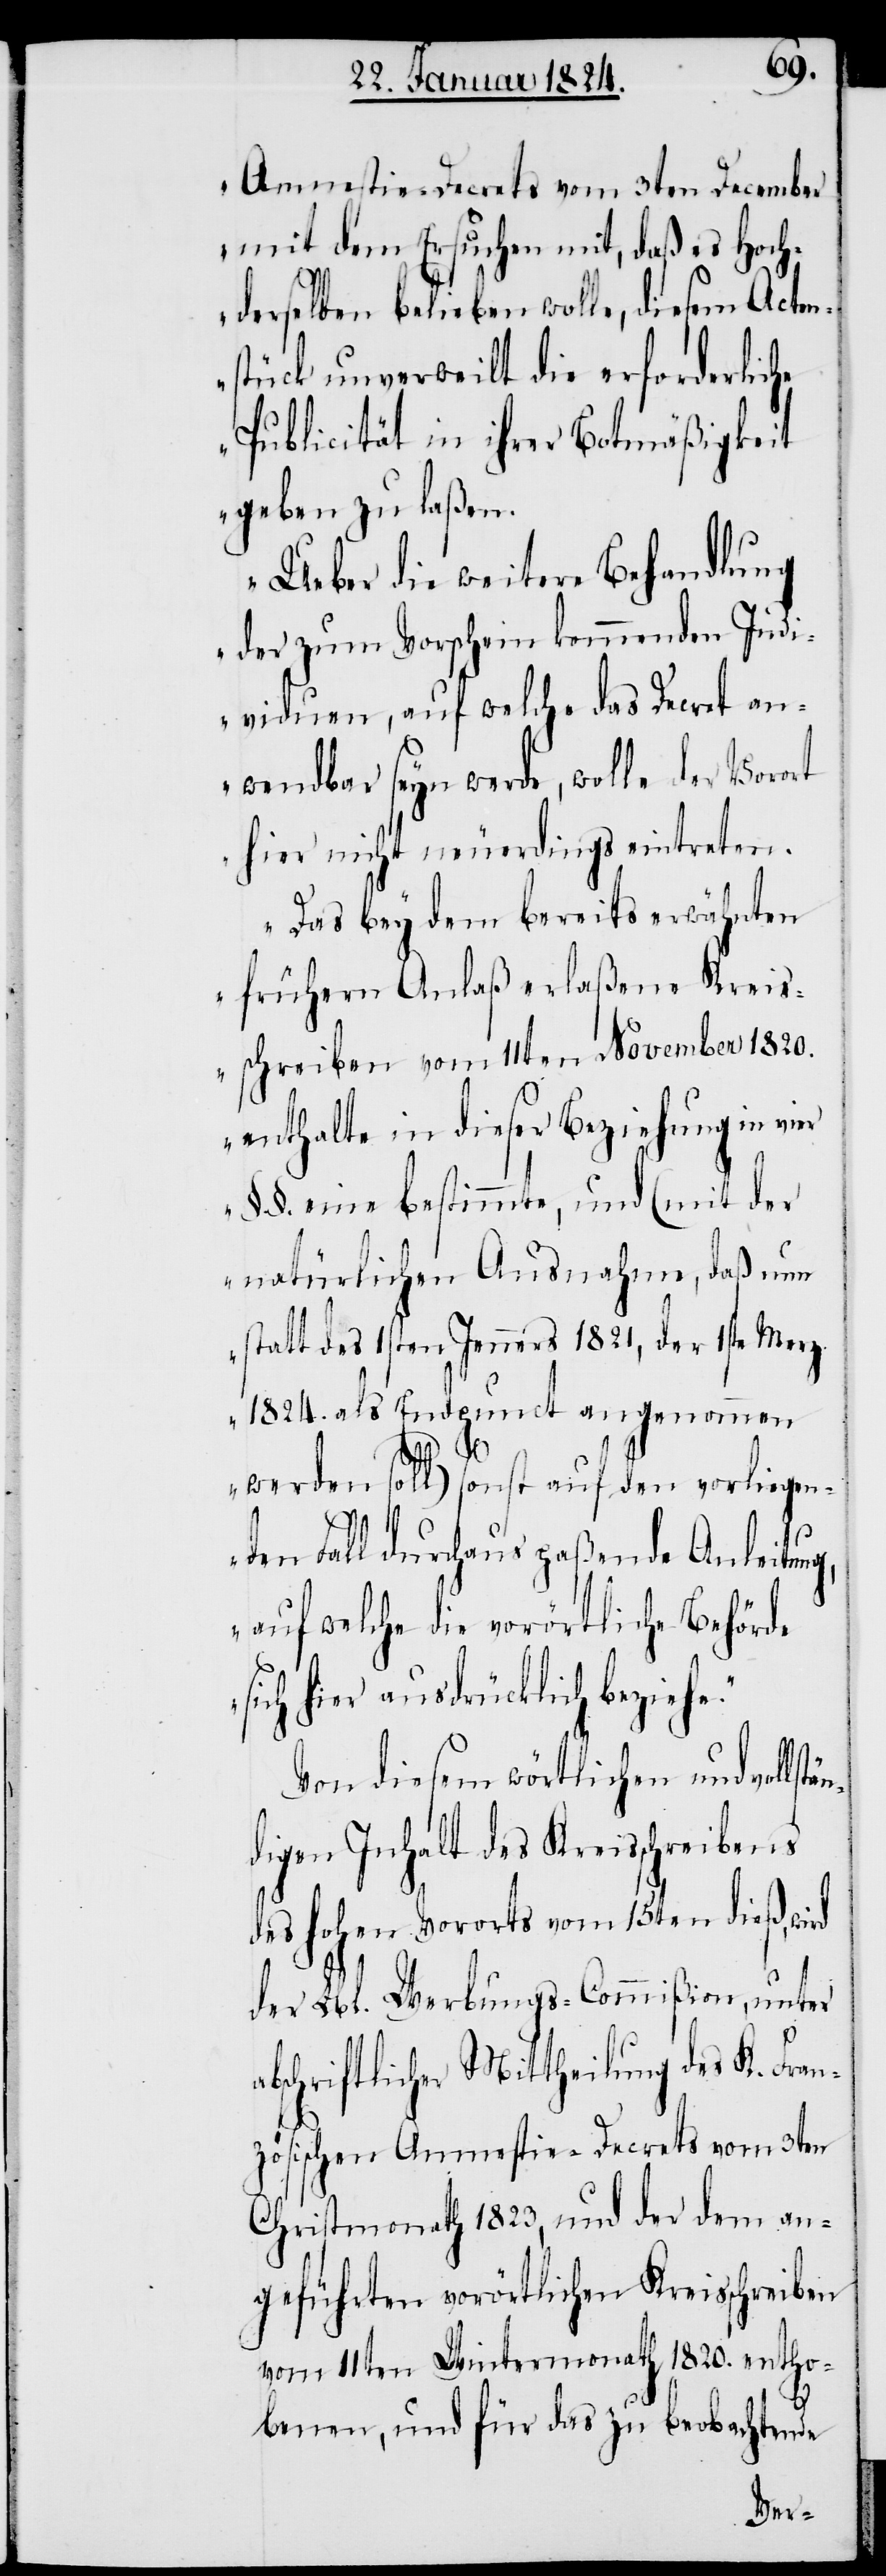
Amnestie-Decrets vom 3ten December
mit dem Ersuchen mit, daß es Hoch¬
derselben belieben wolle, diesem Acten¬
stück unverweilt die erforderliche
Publicität in ihrer Botmäßigkeit
geben zu laßen.
Ueber die weitere Behandlung
der zum Vorschein kommenden Indi¬
viduen, auf welche das Decret an¬
wendbar seyn werde, wolle der Vorort
hier nicht neuerdings eintreten.
Das bey dem bereits erwähnten
frühern Anlaß erlaßene Kreis¬
schreiben vom 11ten November 1820.
enthalte in dieser Beziehung in vier
§§. eine bestimmte, und (mit der
natürlichen Ausnahme, daß nun
statt des 1sten Jenners 1821, der 1ste Merz
1824. als Endpunct angenommen
a¬
werden soll) sonst auf den vorliegen¬
den Fall durchaus paßende Anleitun¬
auf welche die vorörtliche Behörde
sich hier ausdrücklich beziehe.“
Von diesem wörtlichen und vollst¬
digen Inhalt des Kreisschreibens
des hohen Vororts vom 15ten dieß, wird
der Lbl. Werbungs-Commißion, unter
bschriftlicher Mittheilung des K. Fran¬
zösischen Amnestie-Decrets vom 3ten
Christmonath 1823, und der dem an¬
geführten vorörtlichen Kreisschreiben
vom 11ten Wintermonath 1820. entho¬
än¬
benen, und für das zu beobachtende